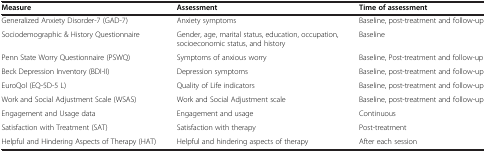
<table><thead><tr><td><b>Measure</b></td><td><b>Assessment</b></td><td><b>Time of assessment</b></td></tr></thead><tbody><tr><td>Generalized Anxiety Disorder-7 (GAD-7)</td><td>Anxiety symptoms</td><td>Baseline, post-treatment and follow-up</td></tr><tr><td>Sociodemographic &amp; History Questionnaire</td><td>Gender, age, marital status, education, occupation, socioeconomic status, and history</td><td>Baseline</td></tr><tr><td>Penn State Worry Questionnaire (PSWQ)</td><td>Symptoms of anxious worry</td><td>Baseline, Post-treatment and follow-up</td></tr><tr><td>Beck Depression Inventory (BDI-II)</td><td>Depression symptoms</td><td>Baseline, post-treatment and follow-up</td></tr><tr><td>EuroQol (EQ-5D-5 L)</td><td>Quality of Life indicators</td><td>Baseline, post-treatment and follow-up</td></tr><tr><td>Work and Social Adjustment Scale (WSAS)</td><td>Work and Social Adjustment scale</td><td>Baseline, post-treatment and follow-up</td></tr><tr><td>Engagement and Usage data</td><td>Engagement and usage</td><td>Continuous</td></tr><tr><td>Satisfaction with Treatment (SAT)</td><td>Satisfaction with therapy</td><td>Post-treatment</td></tr><tr><td>Helpful and Hindering Aspects of Therapy (HAT)</td><td>Helpful and hindering aspects of therapy</td><td>After each session</td></tr></tbody></table>